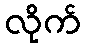
လိုက်